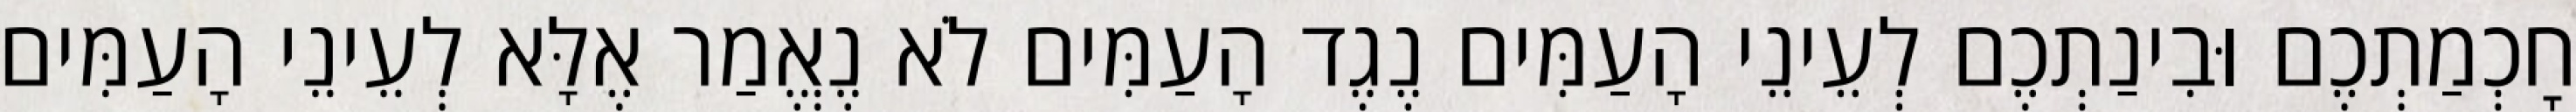
חׇכְמַתְכֶם וּבִינַתְכֶם לְעֵינֵי הָעַמִּים נֶגֶד הָעַמִּים לֹא נֶאֱמַר אֶלָּא לְעֵינֵי הָעַמִּים